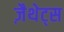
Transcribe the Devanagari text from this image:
ज़ैथेट्स